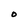
Character: O